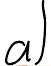
a)